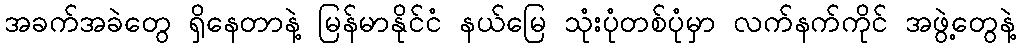
အခက်အခဲတွေ ရှိနေတာနဲ့ မြန်မာနိုင်ငံ နယ်မြေ သုံးပုံတစ်ပုံမှာ လက်နက်ကိုင် အဖွဲ့တွေနဲ့